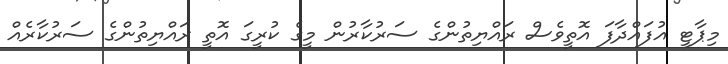
މިޕާޓީ އުފައްދާފަ އޮތީވެސް ރައްޔިތުންގެ ސަރުކާރުން މީގެ ކުރީގަ އޮތީ ރައްޔިތުންގެ ސަރުކާރެއް